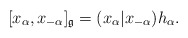
\begin{align*}[x_{\alpha},x_{-\alpha}]_{\frak g}=(x_\alpha|x_{-\alpha})h_{\alpha}.\end{align*}